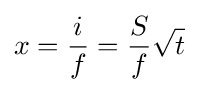
x={\frac {i}{f}}={\frac {S}{f}}{\sqrt {t}}